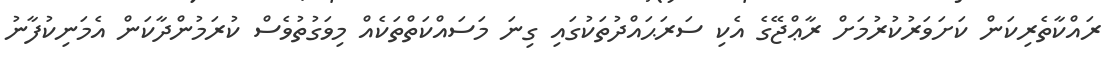
ރައްކާތެރިކަން ކަށަވަރުކުރުމަށް ރާޢްޖޭގެ އެކި ސަރަޙައްދުތަކުގައި ގިނަ މަސައްކަތްތަކެއް މިވަގުތުވެސް ކުރަމުންދާކަން އެމަނިކުފާނު